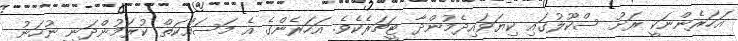
އަހަރެންނަކީ ރަށު ސްކޫލުގައި ކިޔަވައިދެމުންދާ ޓީޗަރެކެވެ. އަހަރެންގެ އެ މަސައްކަތް ކުރަމުންދަނީ ނުހަނު